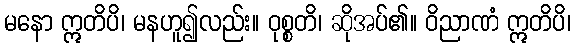
မနော ဣတိပိ၊ မနဟူ၍လည်း။ ဝုစ္စတိ၊ ဆိုအပ်၏။ ဝိညာဏံ ဣတိပိ၊